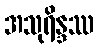
အသုရိန္ဒဿ